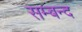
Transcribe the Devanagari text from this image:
सम्बन्द